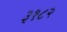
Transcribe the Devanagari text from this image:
३१८२